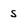
Character: s